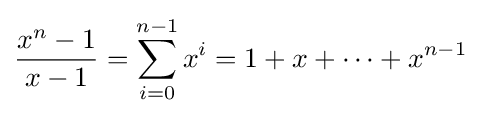
{\frac {x^{n}-1}{x-1}}=\sum _{i=0}^{n-1}x^{i}=1+x+\cdots +x^{n-1}